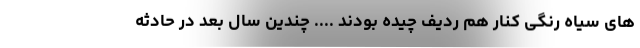
های سیاه رنگی کنار هم ردیف چیده بودند .... چندین سال بعد در حادثه